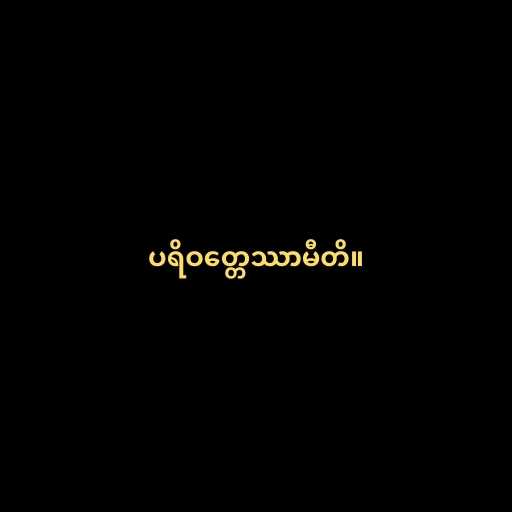
ပရိဝတ္တေဿာမီတိ။